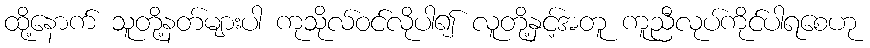
ထို့နောက် သူတို့နတ်များပါ ကုသိုလ်ဝင်လိုပါ၍ လူတို့နှင့်အတူ ကူညီလုပ်ကိုင်ပါရစေဟု